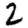
Digit: 2